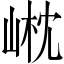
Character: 𡹟